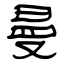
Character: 曼